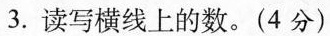
3. 读写横线上的数。(4分)